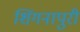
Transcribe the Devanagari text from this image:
शिंगनापुरी